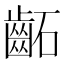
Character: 𮯂